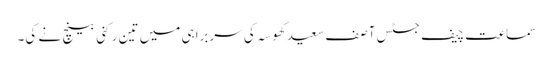
سماعت چیف جسٹس آصف سعید کھوسہ کی سربراہی میں تین رکنی بینچ نے کی۔